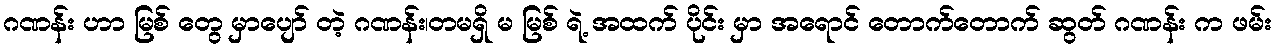
ဂဏန်း ဟာ မြစ် တွေ မှာပျော် တဲ့ ဂဏန်း၊တမရှိ မ မြစ် ရဲ့ အထက် ပိုင်း မှာ အရောင် တောက်တောက် ဆွတ် ဂဏန်း က ဖမ်း